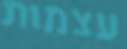
עצמות